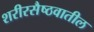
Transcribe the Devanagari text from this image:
शरीरसैष्ठवातील